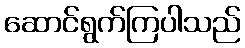
ဆောင်ရွက်ကြပါသည်